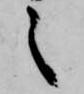
之